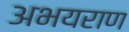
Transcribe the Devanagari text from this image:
अभयराण